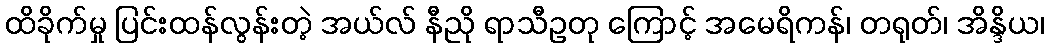
ထိခိုက်မှု ပြင်းထန်လွန်းတဲ့ အယ်လ် နီညို ရာသီဥတု ကြောင့် အမေရိကန်၊ တရုတ်၊ အိန္ဒိယ၊